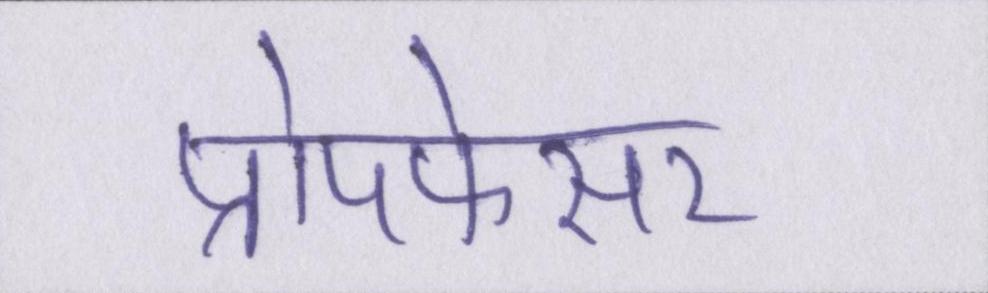
प्रोपफेसर